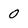
Character: 0